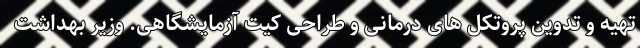
تهیه و تدوین پروتکل های درمانی و طراحی کیت آزمایشگاهی. وزیر بهداشت